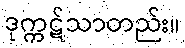
ဒုက္ကဋ်သာတည်း။